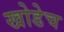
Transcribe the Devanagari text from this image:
खोडेच